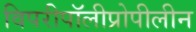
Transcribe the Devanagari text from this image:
विपरीपॉलीप्रोपीलीन